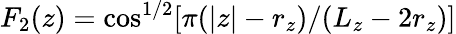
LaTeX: F_{2}(z)=\cos^{1/2}[\pi(|z|-r_{z})/(L_{z}-2r_{z})]